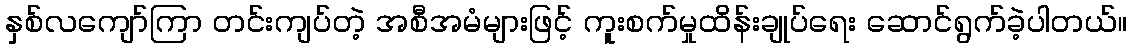
နှစ်လကျော်ကြာ တင်းကျပ်တဲ့ အစီအမံများဖြင့် ကူးစက်မှုထိန်းချုပ်ရေး ဆောင်ရွက်ခဲ့ပါတယ်။